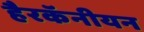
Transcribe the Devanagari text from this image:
हैरकॅनीयन